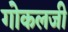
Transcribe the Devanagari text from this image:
गोकलजी